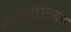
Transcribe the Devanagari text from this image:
एंडोथीलियल